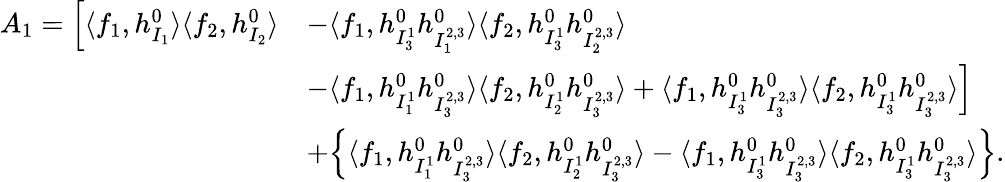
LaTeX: \begin{array}{rl}{A_{1}=\Big[\langle f_{1},h_{I_{1}}^{0}\rangle\langle f_{2},h_{I_{2}}^{0}\rangle}&{-\langle f_{1},h_{I_{3}^{1}}^{0}h_{I_{1}^{2,3}}^{0}\rangle\langle f_{2},h_{I_{3}^{1}}^{0}h_{I_{2}^{2,3}}^{0}\rangle}\\ &{-\langle f_{1},h_{I_{1}^{1}}^{0}h_{I_{3}^{2,3}}^{0}\rangle\langle f_{2},h_{I_{2}^{1}}^{0}h_{I_{3}^{2,3}}^{0}\rangle+\langle f_{1},h_{I_{3}^{1}}^{0}h_{I_{3}^{2,3}}^{0}\rangle\langle f_{2},h_{I_{3}^{1}}^{0}h_{I_{3}^{2,3}}^{0}\rangle\Big]}\\ &{+\Big\{ \langle f_{1},h_{I_{1}^{1}}^{0}h_{I_{3}^{2,3}}^{0}\rangle\langle f_{2},h_{I_{2}^{1}}^{0}h_{I_{3}^{2,3}}^{0}\rangle-\langle f_{1},h_{I_{3}^{1}}^{0}h_{I_{3}^{2,3}}^{0}\rangle\langle f_{2},h_{I_{3}^{1}}^{0}h_{I_{3}^{2,3}}^{0}\rangle\Big\} .}\end{array}